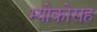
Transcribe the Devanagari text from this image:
म्योकोसह